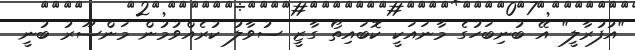
"އުފުރާލީ" އޭ ބުނިބަހުގެ މާނައަކީ ކޮބައިތޯ ގާޒީ ސުވާލު ކުރެއްވުމުން މަންސޫރު ބުނީ